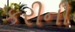
કરીની